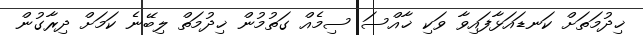
ޚިދުމަތަށް ކަނޑައަޅާފައިވާ ވަކި ޚާއްސަ ސިމެއް ގަތުމުން ޚިދުމަތް ލިބޭނެ ކަމަށް ދިރާގުން